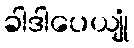
ခါဒါပေယျုံ